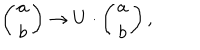
\left( \begin{array} { c } { { { a } } } \\ { { { b } } } \\ \end{array} \right) \to U \cdot \left( \begin{array} { c } { { a } } \\ { { b } } \\ \end{array} \right) ,